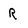
Character: R